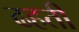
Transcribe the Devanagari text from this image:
ढहती